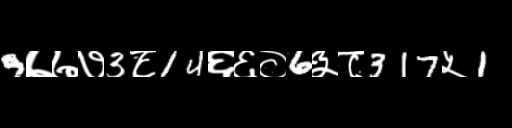
Text: 9७७७3८14६६०6३८317५1